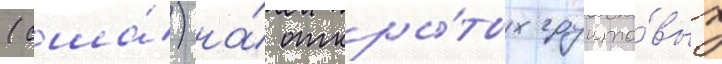
(сша́) на́ откры́тых грунто́вых